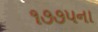
૧૭૭૫ના